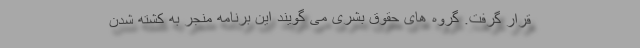
قرار گرفت. گروه های حقوق بشری می گویند این برنامه منجر به کشته شدن